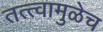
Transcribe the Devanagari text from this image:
तत्त्वामुळेच